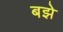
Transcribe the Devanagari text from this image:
बझे